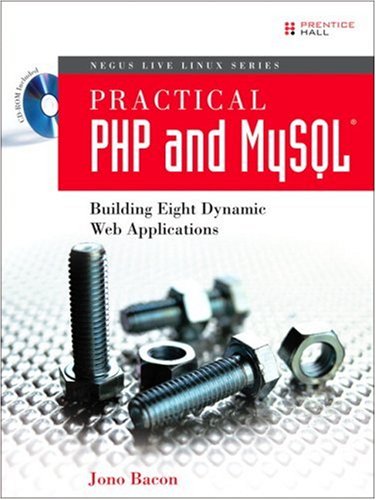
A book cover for Practical PHP and MySQL: Building Eight Dynamic Web Applications; Jono Bacon; Computers & Technology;